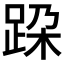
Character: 跥